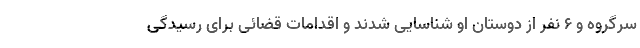
سرگروه و ۶ نفر از دوستان او شناسایی شدند و اقدامات قضائی برای رسیدگی